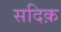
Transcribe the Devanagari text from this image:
सदिक़